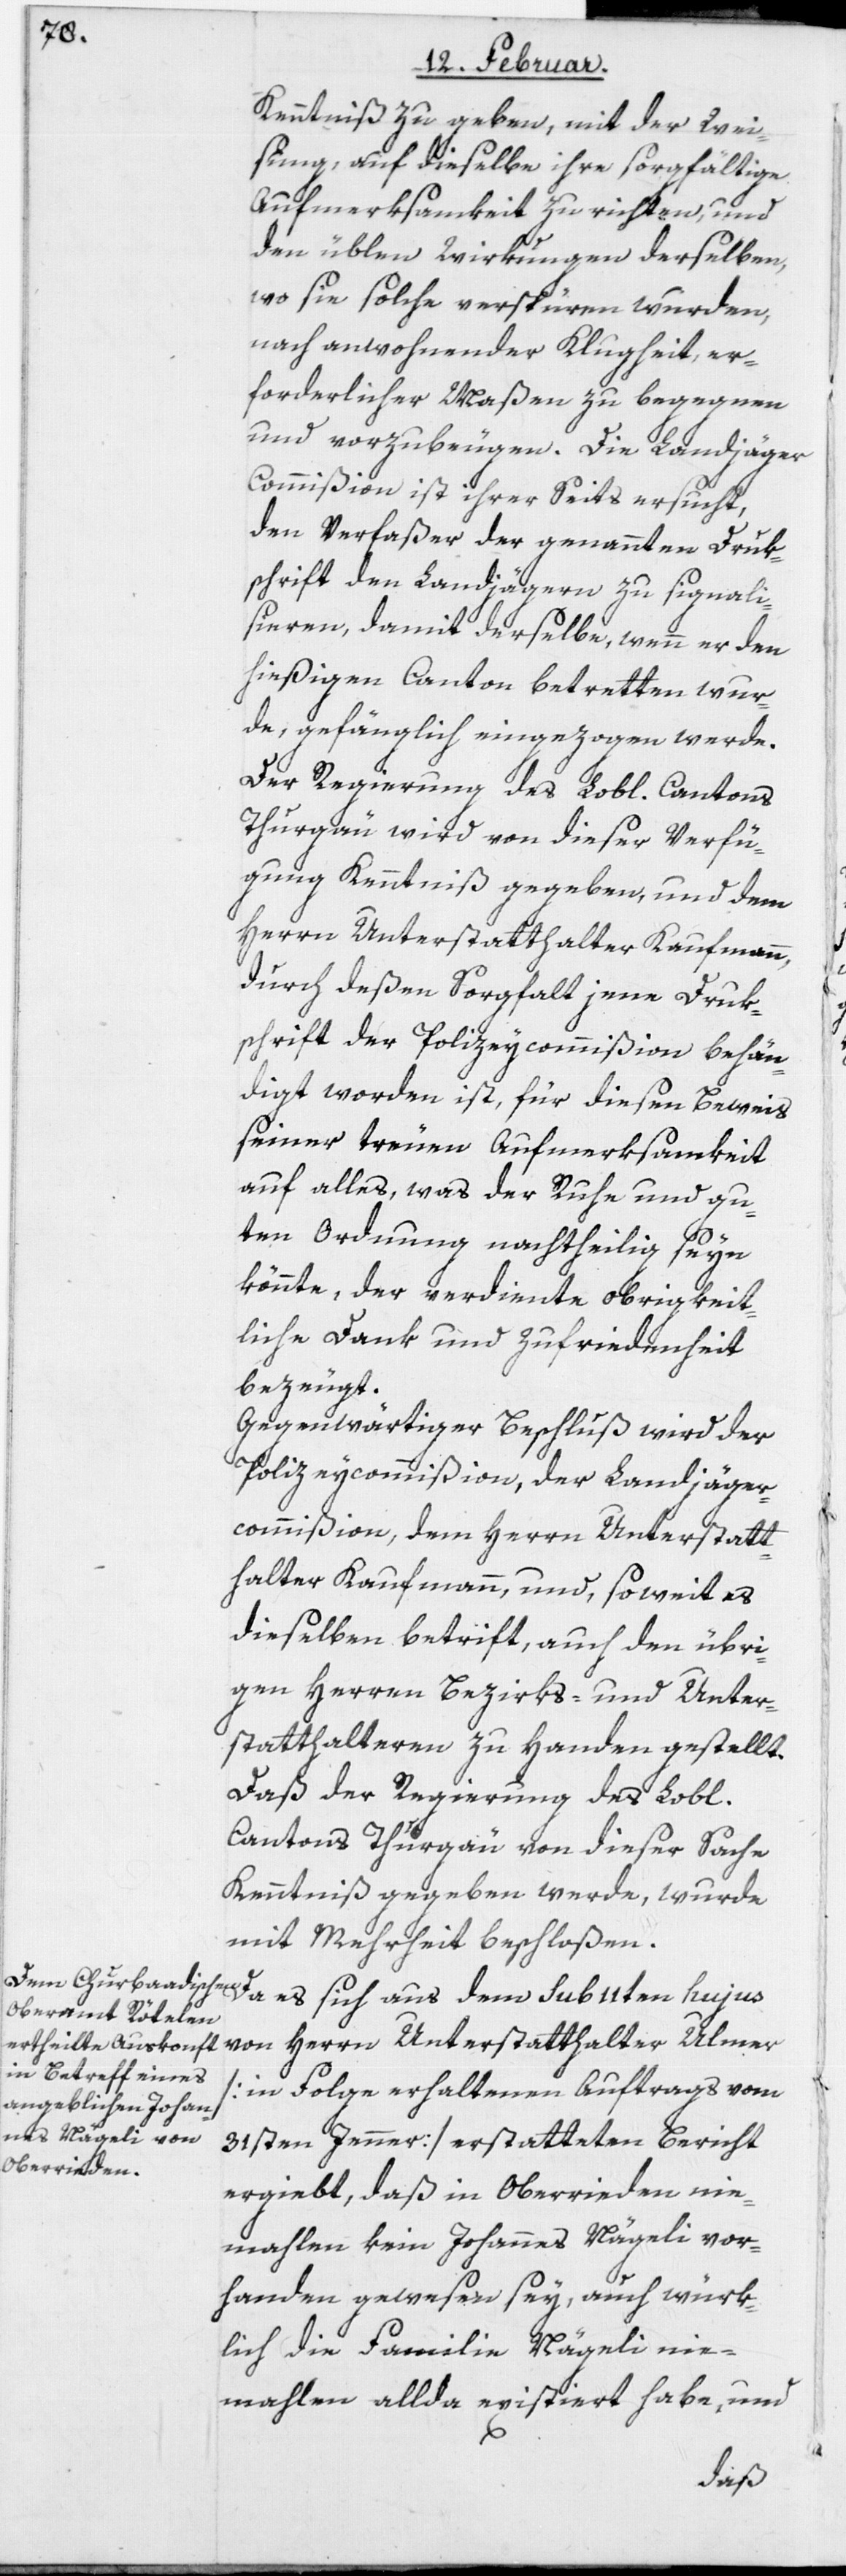
Kenntniß zu geben, mit der Wei¬
sung, auf dieselbe ihre sorgfältige
Aufmerksamkeit zu richten, und
den üblen Wirkungen derselben,
wo sie solche verspüren wurden,
nach anwohnender Klugheit, er¬
forderlicher Maßen zu begegnen
und vorzubeugen. Die Landjäge¬
r[-]Commißion ist ihrer Seits ersucht,
den Verfaßer der genannten Druk¬
schrift den Landjägern zu signali¬
sieren, damit derselbe, wenn er den
hießigen Canton betretten wur¬
de, gefänglich eingezogen werde.
Der Regierung des Lobl. Cantons
Thurgau wird von dieser Verfü¬
gung Kenntniß gegeben, und dem
Herrn Unterstatthalter Kaufmann,
durch deßen Sorgfalt jene Druk¬
schrift der Polizeycommißion behän¬
digt worden ist, für diesen Beweis
seiner treuen Aufmerksamkeit
auf alles, was der Ruhe und gu¬
ten Ordnung nachtheilig seyn
könnte, der verdiente obrigkeit¬
liche Dank und Zufriedenheit
bezeugt.
Gegenwärtiger Beschluß wird der
Polizeycommißion, der Landjäger¬
commißion, dem Herrn Unterstatt¬
halter Kaufmann, und, soweit es
dieselben betrift, auch den übri¬
gen Herren Bezirks- und Unter¬
statthalteren zu Handen gestellt.
Daß der Regierung des Lobl.
Cantons Thurgau von dieser Sache
Kenntniß gegeben werde, wurde
mit Mehrheit beschloßen.
Da es sich aus dem sub 11ten hujus
von Herrn Unterstatthalter Ulmer
[in Folge erhaltenen Auftrags vom
31sten Jenner] erstatteten Bericht
ergiebt, daß in Oberrieden nie¬
mahlen kein Johannes Nägeli vor¬
handen gewesen sey, auch würk¬
lich die Familie Nägeli nie¬
mahlen allda existiert habe, und